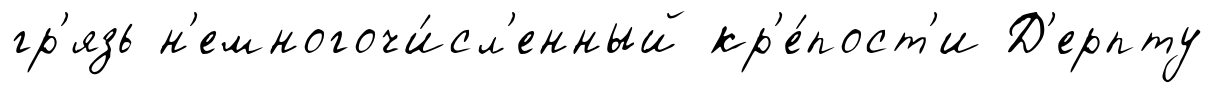
гр'язь н'емногочи́сл'енный кр'е́пост'и Д'ерпту